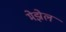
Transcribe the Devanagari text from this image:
मेझेल